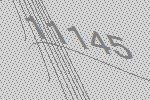
11145